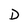
Character: D